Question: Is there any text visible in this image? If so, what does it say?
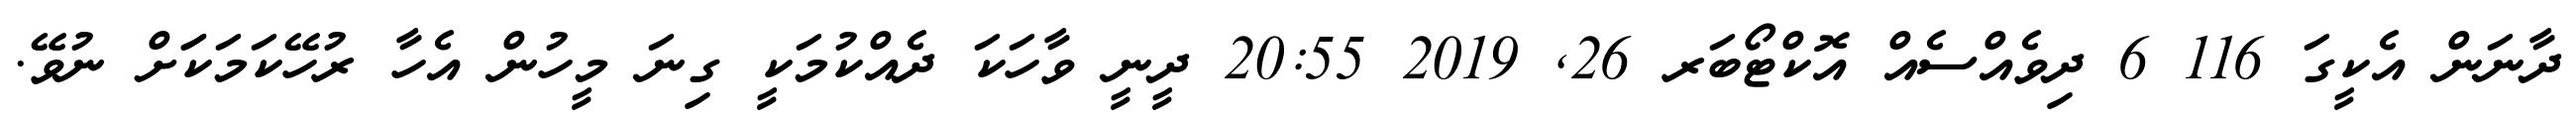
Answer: ދާނަން އެކީގަ 116 6 ދިވެއްސެއް އޮކްޓޯބަރ 26, 2019 20:55 ދީނީ ވާހަކަ ދެއްކުމަކީ ގިނަ މީހުން އެހާ ރުހޭކަމަކަަށް ނުވޭ.